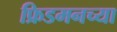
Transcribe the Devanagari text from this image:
फ्रिडमनच्या